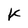
Character: K